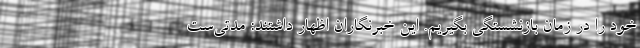
خود را در زمان بازنشستگی بگیریم. این خبرنگاران اظهار داشتند: مدتی‌ست